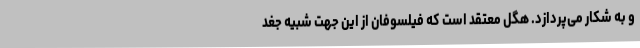
و به شکار می‌پردازد. هگل معتقد است که فیلسوفان از این جهت شبیه جغد